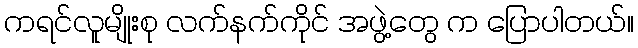
ကရင်လူမျိုးစု လက်နက်ကိုင် အဖွဲ့တွေ က ပြောပါတယ်။